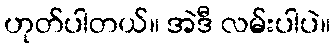
ဟုတ်ပါတယ်။ အဲဒီ လမ်းပါပဲ။